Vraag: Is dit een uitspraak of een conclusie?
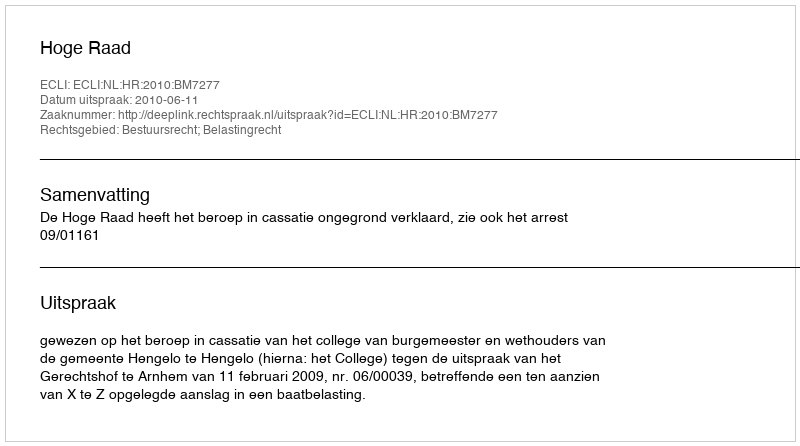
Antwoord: Uitspraak